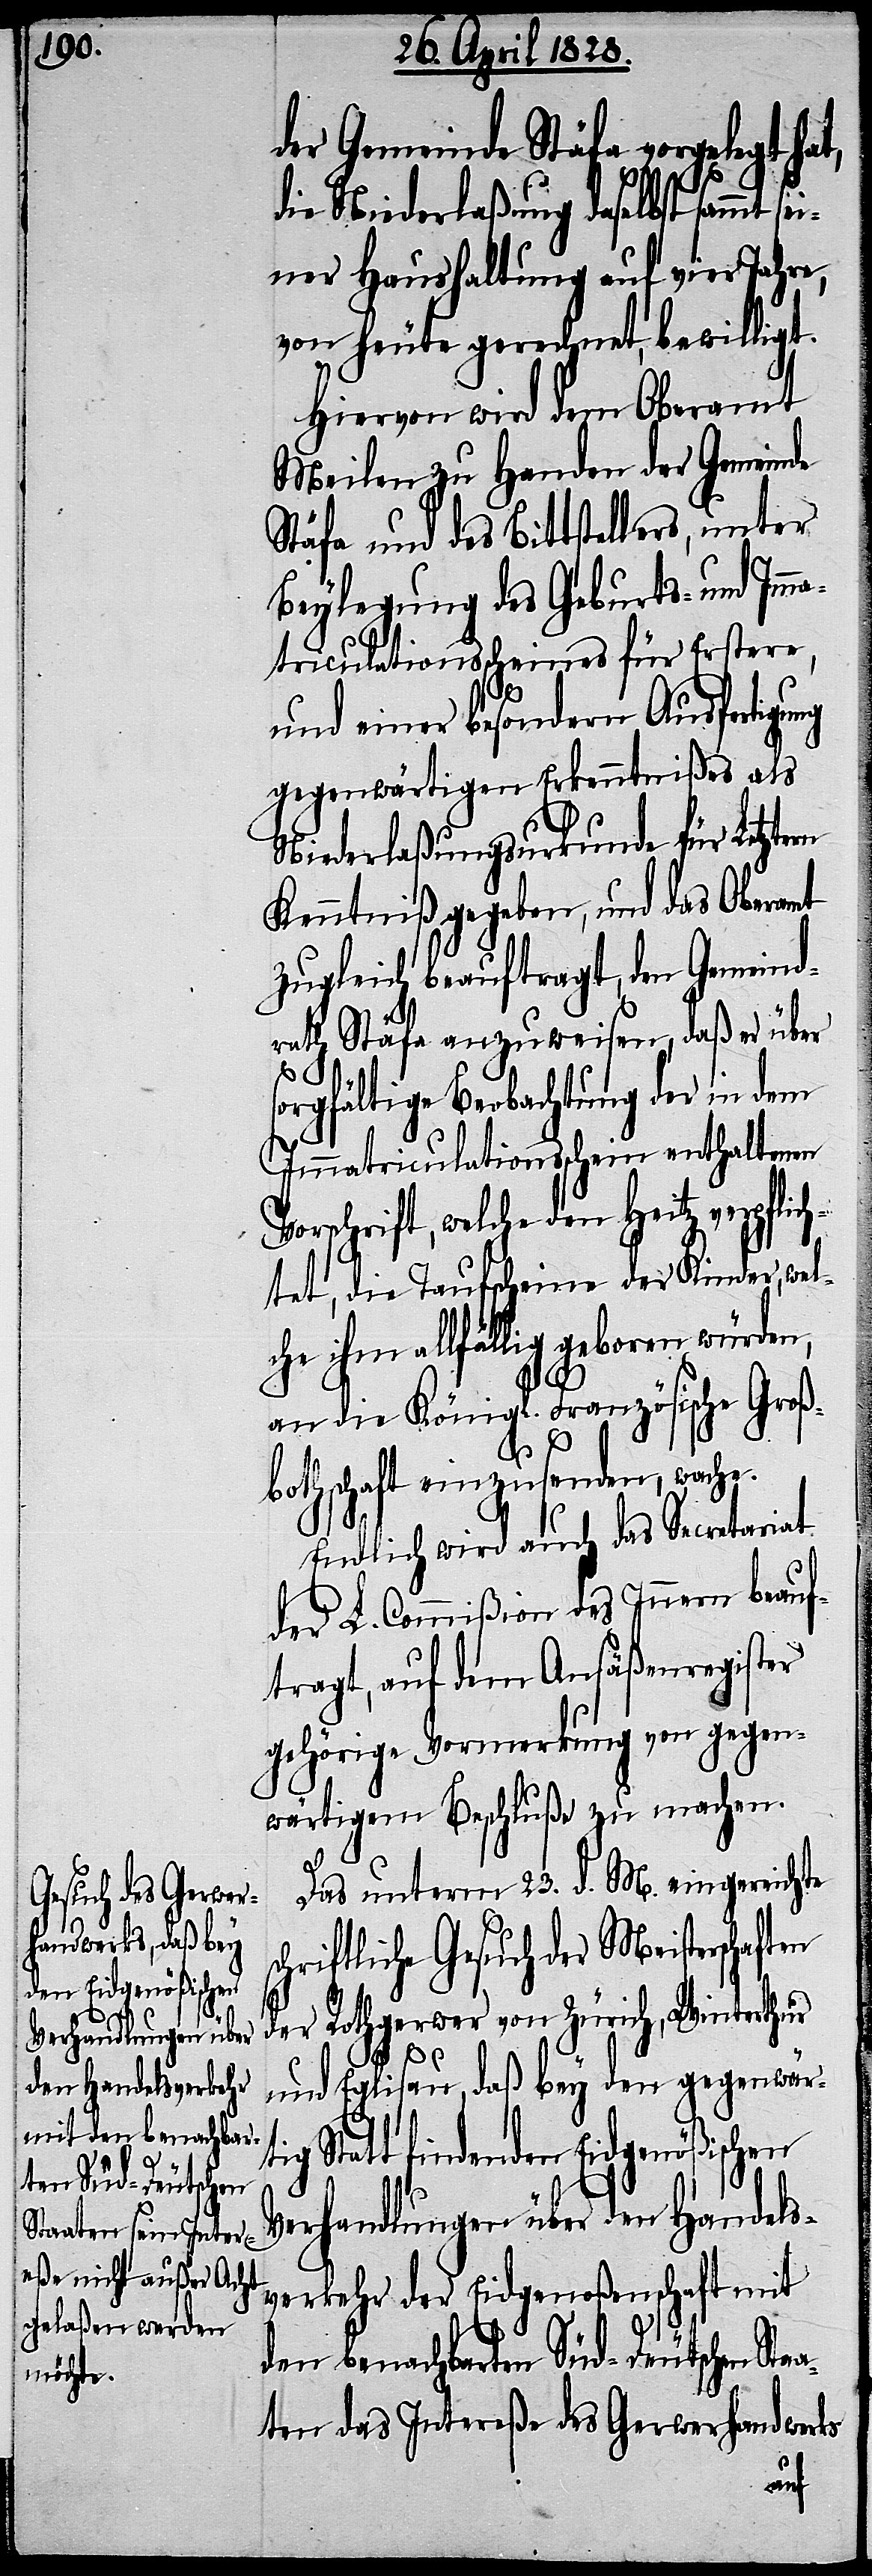
der Gemeinde Stäfa vorgelegt hat,
die Niederlaßung daselbst sammt
seiner Haushaltung auf vier Jahre,
von heute gerechnet, bewilligt.
Hiervon wird dem Oberamt
Meilen zu Handen der Gemeinde
Stäfa und des Bittstellers, unter
Beylegung des Geburts- und Imm¬
atriculationsscheines für Erstere,
und einer besondern Ausfertigung
gegenwärtigen Erkenntnißes als
Niederlaßungsurkunde für Letztern
Kenntniß gegeben, und das Oberamt
zugleich beauftragt, den Gemeind¬
rath Stäfa anzuweisen, daß er über
sorgfältige Beobachtung der in dem
Immatriculationsschein enthaltenen
Vorschrift, welche den Heitz verpflich¬
tet, die Taufscheine der Kinder, wel¬
che ihm allfällig geboren würden,
an die Königl. Französische Groß¬
bothschaft einzusenden, wache.
Endlich wird auch das Secretariat
der L. Commißion des Innern beauf¬
tragt, auf dem Ansäßenregister
gehörige Vormerkung von gegen¬
wärtigem Beschluße zu machen.
Das unterm 23. d. M. eingereichte
hriftliche Gesuch der Meisterschaften
der Rothgerwer von Zürich, Winterthur
und Eglisau, daß bey den gegenwärti¬
g Statt findenden Eidgenößischen
Verhandlungen über den Handels¬
verkehr der Eidgenoßenschaft mit
den benachbarten Süd-Deutschen Sta¬
aten das Intereße des Gerwerhandwerks
sc¬